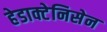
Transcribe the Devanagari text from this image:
हेडाक्टेनिसेन